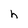
Character: h